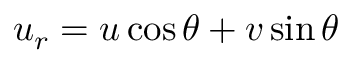
u _ { r } = u \cos \theta + v \sin \theta